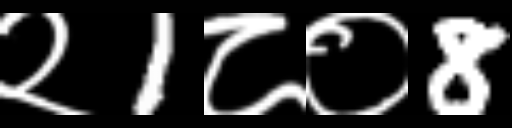
Text: २1८०8